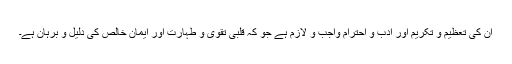
ان کی تعظیم و تکریم اور ادب و احترام واجب و لازم ہے جو کہ قلبی تقویٰ و طہارت اور ایمانِ خالص کی دلیل و برہان ہے۔